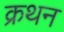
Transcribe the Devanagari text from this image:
क्रथन